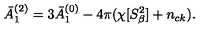
\bar { A } _ { 1 } ^ { ( 2 ) } = 3 \bar { A } _ { 1 } ^ { ( 0 ) } - 4 \pi ( \chi [ S _ { \beta } ^ { 2 } ] + n _ { c k } ) .